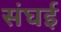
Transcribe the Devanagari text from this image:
संघई